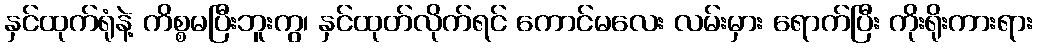
နှင်ထုက်ရုံနဲ့ ကိစ္စမပြီးဘူးကွ၊ နှင်ထုတ်လိုက်ရင် ကောင်မလေး လမ်းမှား ရောက်ပြီး ကိုးရိုးကားရား